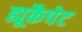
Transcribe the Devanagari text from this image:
ह्यूकैपेट